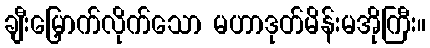
ချီးမြှောက်လိုက်သော မဟာဒုတ်မိန်းမအိုကြီး။